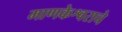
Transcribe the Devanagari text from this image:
माणकेश्वराचे